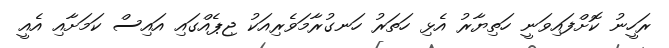
ރަހީނު ކޮށްފައިވަނީ ހަތިޔާރު އެޅި ހަތަރު ހަނގުރާމަވެރިއަކު ޖިޕެއްގައި އައިސް ކަމަށާއި އެއީ